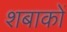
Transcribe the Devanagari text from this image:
शबाकों